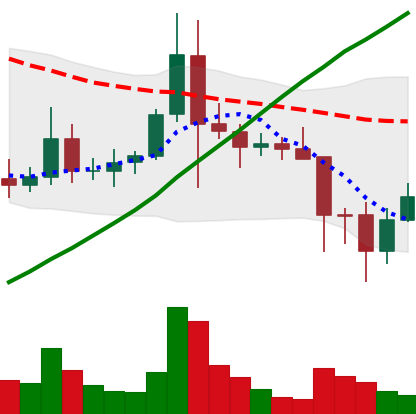
Ticker: ADA-USD
Chart end date: 2021-11-20
Forward return: -14.07%
Label: down_7plus